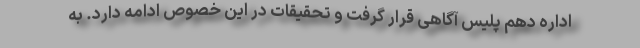
اداره دهم پلیس آگاهی قرار گرفت و تحقیقات در این خصوص ادامه دارد. به